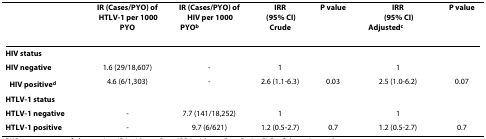
<table><thead><tr><td></td><td><b>IR (Cases/PYO) of HTLV-1 per 1000PYO</b></td><td><b>IR (Cases/PYO) of HIV per 1000PYO<sup>b</sup></b></td><td><b>IRR (95% CI)Crude</b></td><td><b>P value</b></td><td><b>IRR (95% CI)Adjusted<sup>c</sup></b></td><td><b>P value</b></td></tr></thead><tbody><tr><td><b>HIV status</b></td><td></td><td></td><td></td><td></td><td></td><td></td></tr><tr><td><b>HIV negative</b></td><td>1.6 (29/18,607)</td><td>-</td><td>1</td><td></td><td>1</td><td></td></tr><tr><td><b>HIV positive<sup>d</sup></b></td><td>4.6 (6/1,303)</td><td>-</td><td>2.6 (1.1-6.3)</td><td>0.03</td><td>2.5 (1.0-6.2)</td><td>0.07</td></tr><tr><td><b>HTLV-1 status</b></td><td></td><td></td><td></td><td></td><td></td><td></td></tr><tr><td><b>HTLV-1 negative</b></td><td>-</td><td>7.7 (141/18,252)</td><td>1</td><td></td><td>1</td><td></td></tr><tr><td><b>HTLV-1 positive</b></td><td>-</td><td>9.7 (6/621)</td><td>1.2 (0.5-2.7)</td><td>0.7</td><td>1.2 (0.5-2.7)</td><td>0.7</td></tr></tbody></table>